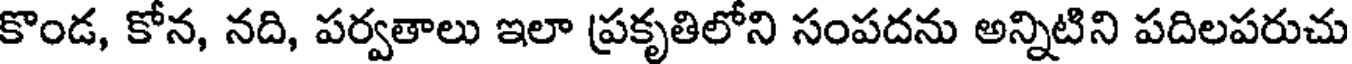
కొండ, కోన, నది, పర్వతాలు ఇలా ప్రకృతిలోని సంపదను అన్నిటిని పదిలపరుచు